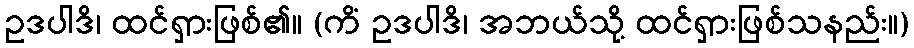
ဥဒပါဒိ၊ ထင်ရှားဖြစ်၏။ (ကိံ ဥဒပါဒိ၊ အဘယ်သို့ ထင်ရှားဖြစ်သနည်း။)